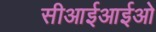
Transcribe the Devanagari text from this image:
सीआईआईओ